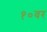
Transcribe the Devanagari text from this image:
१०वर